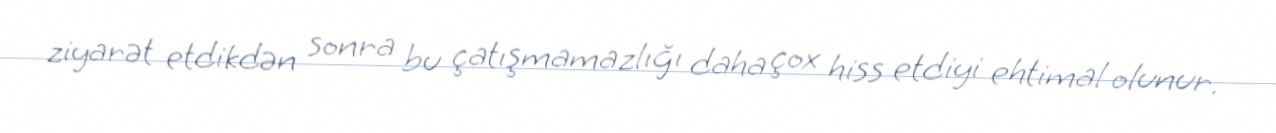
ziyarət etdikdən sonra bu çatışmamazlığı daha çox hiss etdiyi ehtimal olunur.